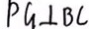
P G \bot B C